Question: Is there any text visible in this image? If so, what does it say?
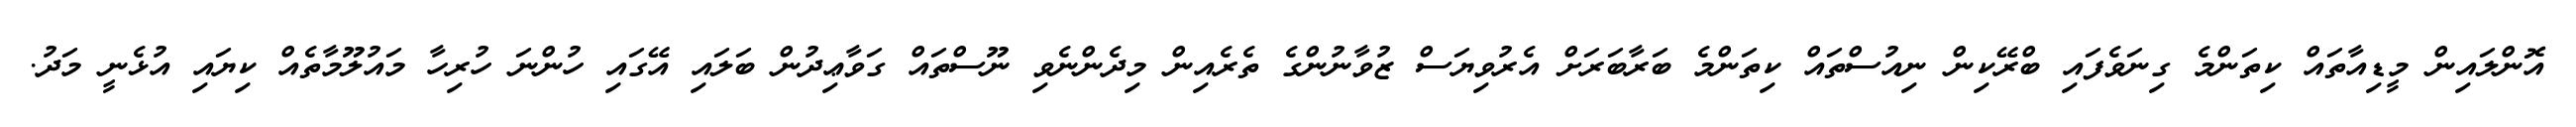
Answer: އޮންލައިން މީޑިއާތައް ކިތަންމެ ގިނަވެފައި ބްރޭކިން ނިއުސްތައް ކިތަންމެ ބަރާބަރަށް އެރުވިޔަސް ޒުވާނުންގެ ތެރެއިން މިދެންނެވި ނޫސްތައް ގަވާޢިދުން ބަލައި އޭގައި ހުންނަ ހުރިހާ މައުލޫމާތެއް ކިޔައި އުޅެނީ މަދު.